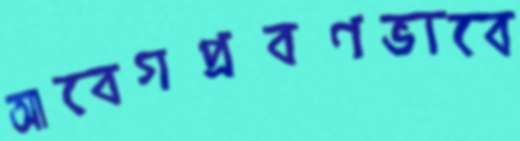
আবেগপ্রবণভাবে